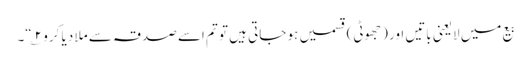
بیع میں لایعنی باتیں اور (جھوٹی) قسمیں ہو جاتی ہیں تو تم اسے صدقہ سے ملا دیا کرو ۲؎“۔